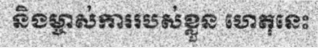
និងម្ចាស់ការរបស់ខ្លួន ហេតុនេះ